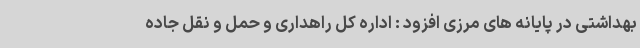
بهداشتی در پایانه های مرزی افزود : اداره کل راهداری و حمل و نقل جاده